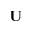
\mathbf U